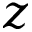
z